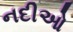
નદીઓ